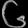
Digit: ၆